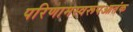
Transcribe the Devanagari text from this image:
परिणामस्वरूपआतंक